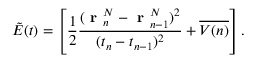
\tilde { E } ( t ) = \left[ \frac { 1 } { 2 } \frac { ( \textbf { r } _ { n } ^ { N } - \textbf { r } _ { n - 1 } ^ { N } ) ^ { 2 } } { ( t _ { n } - t _ { n - 1 } ) ^ { 2 } } + \overline { { V ( n ) } } \right] .